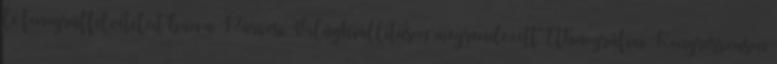
le fonográffelvételeit ban a Párizsi Világkiállításon megrendezett Ethnográfiai Kongresszuson